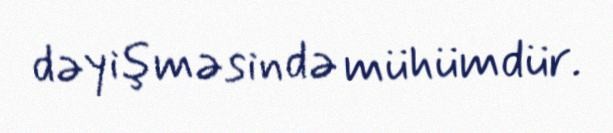
dəyişməsində mühümdür.